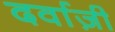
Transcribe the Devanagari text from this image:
दर्वाज़ी